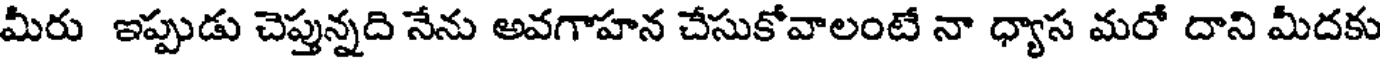
మీరు ఇప్పుడు చెప్తున్నది నేను అవగాహన చేసుకోవాలంటే నా ధ్యాస మరో దాని మీదకు